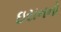
ઇરાનનો